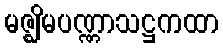
မဇ္ဈိမပဏ္ဏာသဋ္ဌကထာ